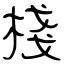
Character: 棧